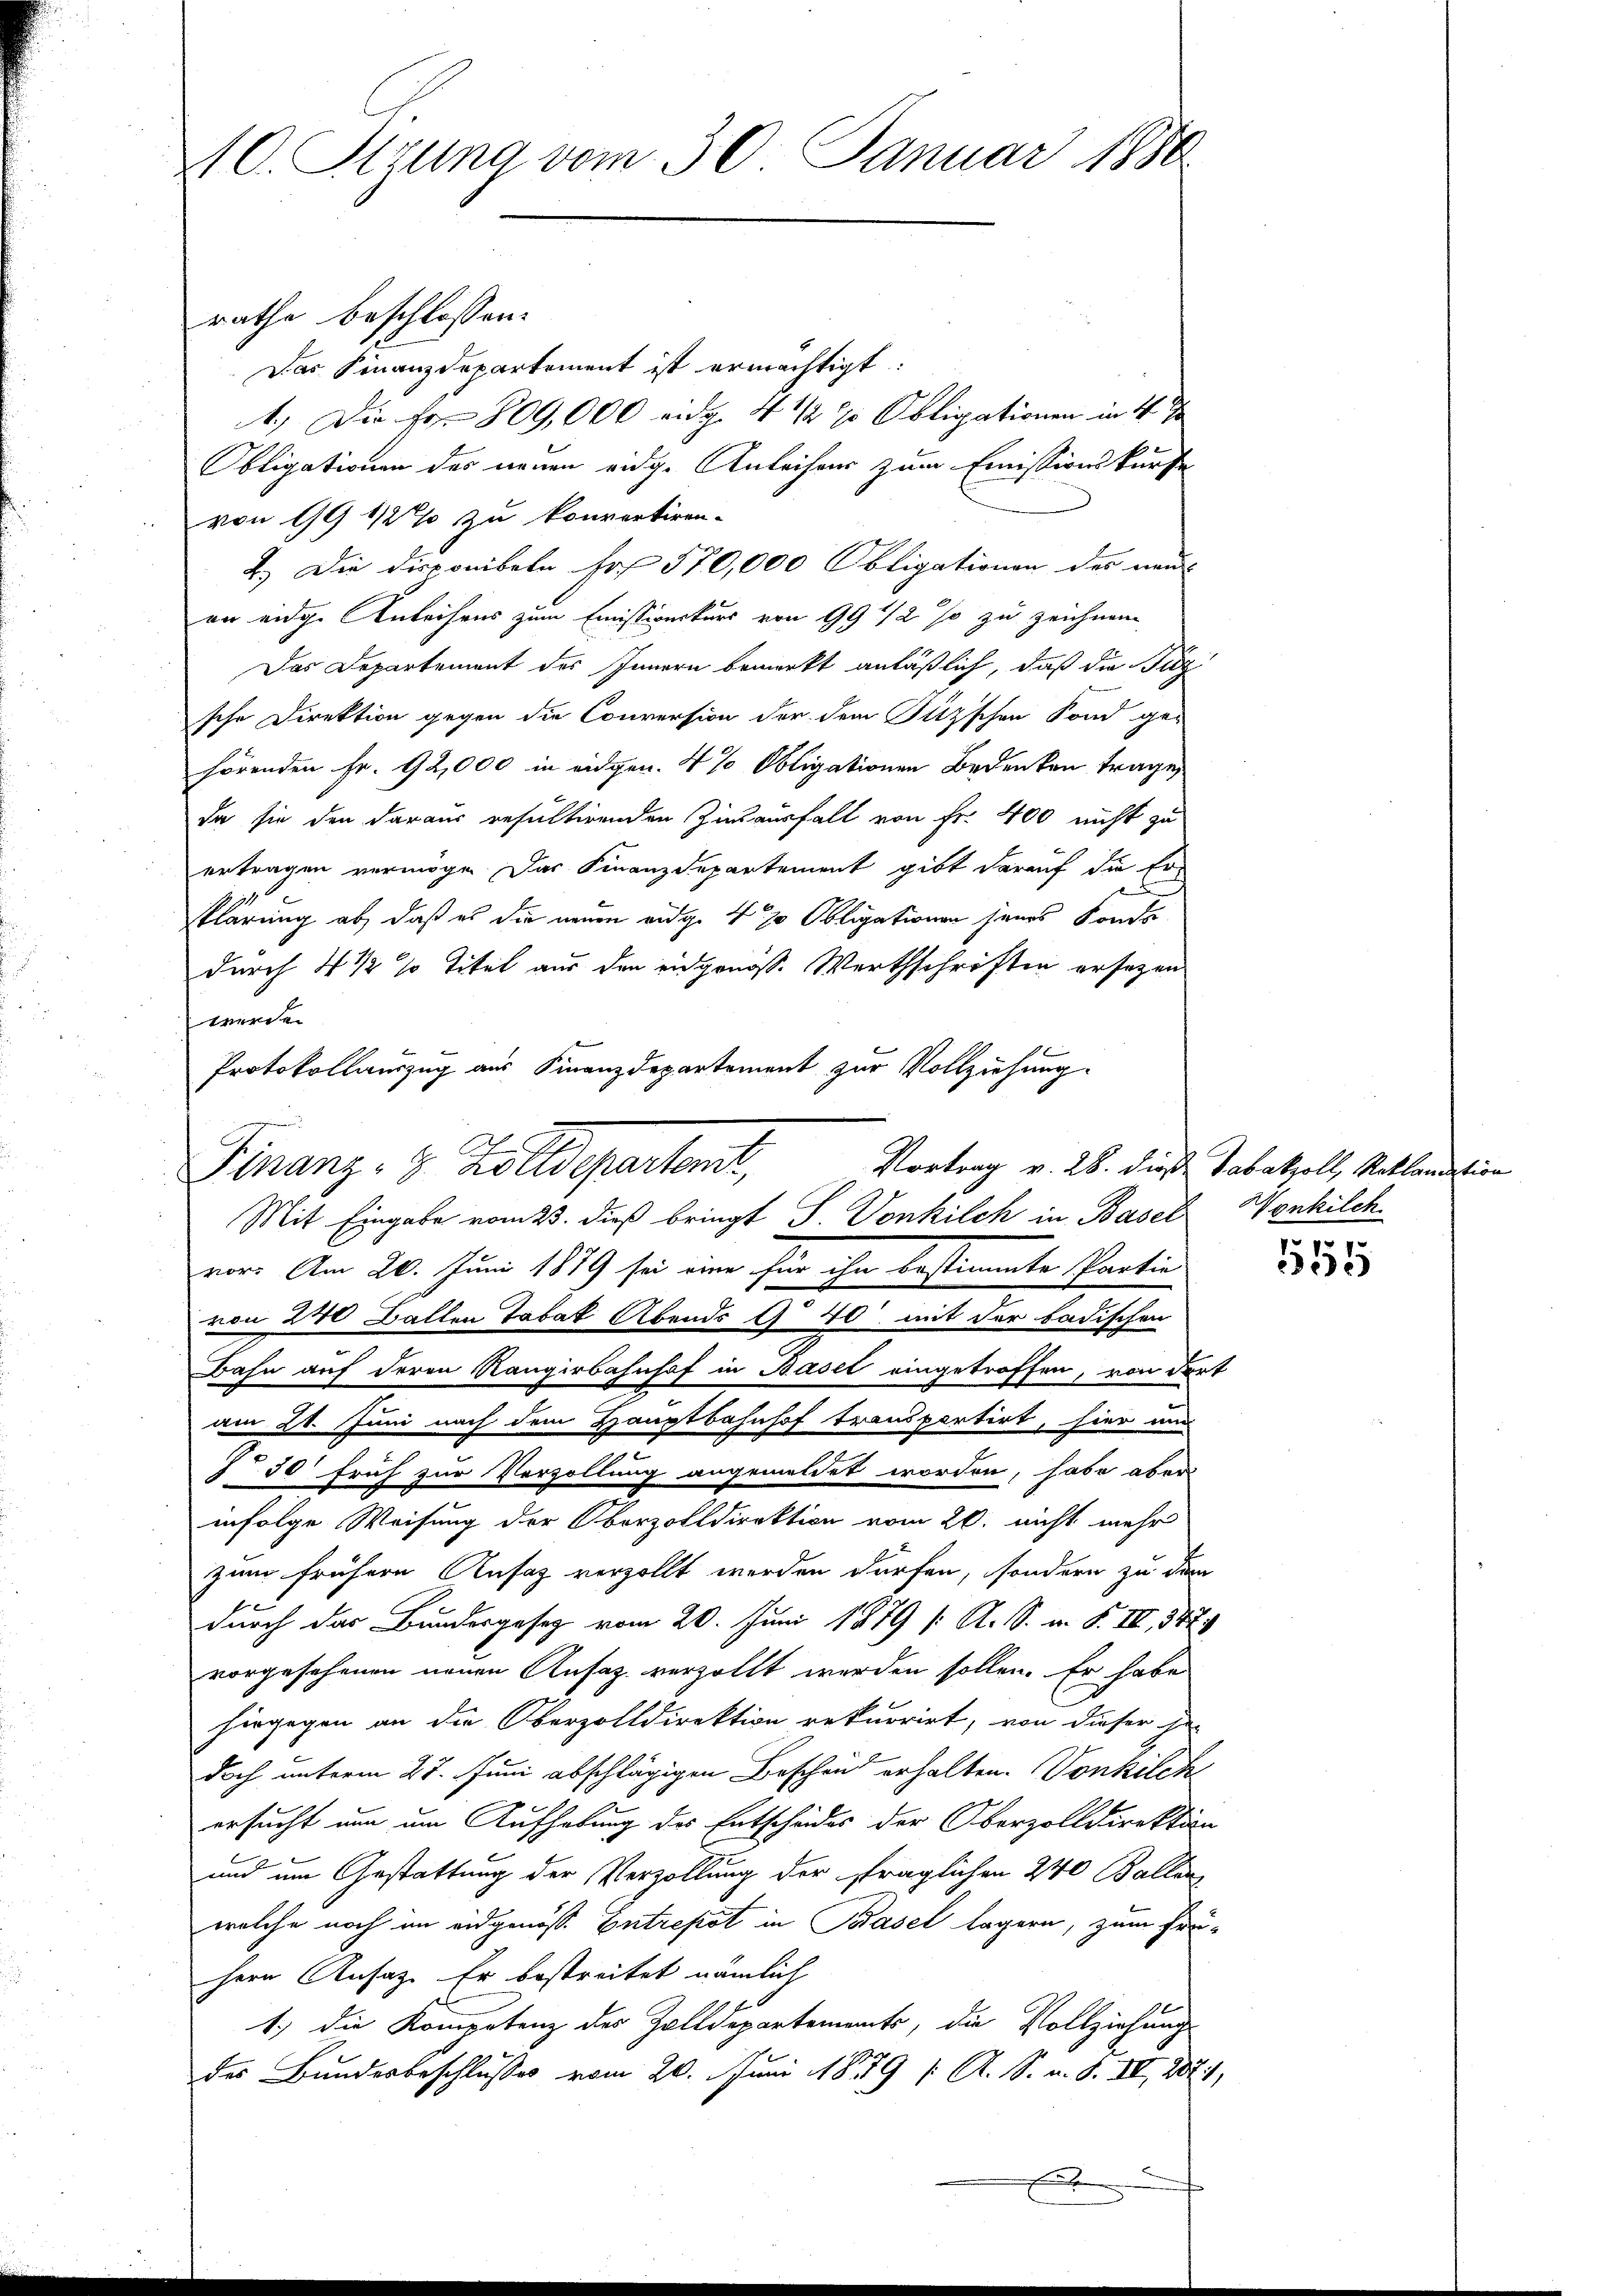
10. Sigung vom 30. Januar 1880

rathe beschlossen:
Das Finanzdepartement ist ermächtigt:
4.) Die Fr. 809,000 eidg. 4 1/2 % Obligationen in 4.
Obligationen des neuen eidge Anleiher zum Emissionskürfe
von 19 1/2% zu konvertiren-
2.) Die Disponibeln Fr. 570,000 Obligationen der neu
on eidge Anleihens zum Emissionskurs von 99 1/2 so zu zeichnen
Das Departement des Innern bemerkt anläßlich, daß die Füz
sche Direktion gegen die Conversion der dem Sitzschen Fond gehörenden Fr. 92,000 in eidgen. 4 % Obligationen Bedenken trage,
da sie den daraus resultirenden Zinsausfall von Fr. 400 nicht zu
ertragen vermöge. Das Finanzdepartement gibt darauf die Er¬

klärung ab, daß es die neuen eidge 4 % Obligationen jenes Fonds
durch 4 1/2 % Titel aus den eidgenoss. Werthschriften ersezen
werde
Protokollauszug aus Finanzdepartement zur Vollziehung.
Mit Eingabe vom 23. dieß bringt S. Vonkilch in Basel Wonkilch.
vor. Am 20. Juni 1879 sei eine für ihn bestimmte Partie
von 240 Ballen Tabak Abends a 40 mit der badischen
Bahn auf deren Rangirbahnhof in Basel eingetroffen, von de
am 21. Juni nach dem Hauptbahnhof transpartirt, hier und
) 50 früh zur Verzollung angemeldet worden, habe aber
infolge Weisung der Oberzolldirektion vom 20. nicht mehr
zum frühere Ansatz verzollt werden dürfen, sondern zu dem
durch das Bundesgesetz vom 20. Juni 1879 (: A. S. m. F. II., 342.
vorgesehenen neuen Ansaz verzollt werden sollen. Er habe
hingegen an die Oberzolldirektion rekurrirt, von dieser Her
doch unterm 27. Juni abschlägigen Beschen erhalten. Vonkilch
ersucht nun um Aufhebung des Entscheides der Oberzolldirektio
und im Gestattung der Verzollung der fraglichen 240 Ballen
welche noch im eidgenöss. Entrepot in Basel lagern, zum Erhern Ansaz. Er bestreitet nämlich
1.) Die Kompetenz des Zolldepartements, die Vollziehung
des Bundesbeschlußes vom 20. Juni 189 ( A. S. u. S. II 202

Finanz- & Zolldepartonis,

x
.

Vortrag v. 28. dieß Tabakzoll, Reklamation

4.

1555